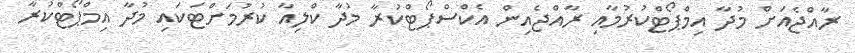
ރާއްޖެއަށް މުދާ އިމްޕޯޓްކުރުމާއި ރާއްޖެއިން އެކްސްޕޯޓްކުރާ މުދާ ކްލިއާ ކުރުމަށްޓަކައި މުދާ އިމްޕޯޓްކުރާ